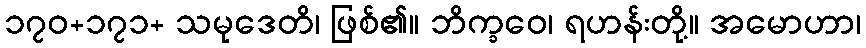
၁၇၀+၁၇၁+ သမုဒေတိ၊ ဖြစ်၏။ ဘိက္ခဝေ၊ ရဟန်းတို့။ အမောဟာ၊